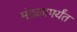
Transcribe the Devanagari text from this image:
मंडळापर्यंत